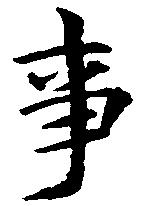
事